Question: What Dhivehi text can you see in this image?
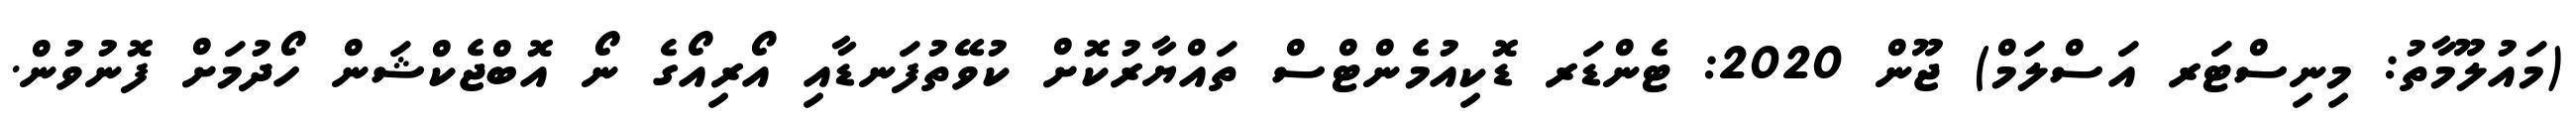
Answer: (މައުލޫމާތު: މިނިސްޓަރ އަސްލަމް) ޖޫން 2020: ޓެންޑަރ ޑޮކިއުމެންޓްސް ތައްޔާރުކޮށް ކުވޭތުފަނޑާއި އޯރިއޯގެ ނޯ އޮބްޖެކްޝަން ހޯދުމަށް ފޮނުވުން.